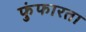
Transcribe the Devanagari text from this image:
फुंफारता